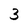
Character: 3